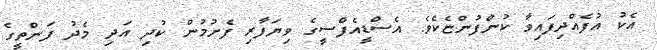
އެކު އުފެއްދިފައިވާ ކުންފުންޏެކެވެ. އެސްޑީއެފްސީގެ ވިޔަފާރި ފެށުމުން ކުދި އަދި މެދު ފަންތީގެ